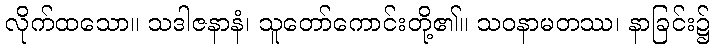
လိုက်ထသော။ သဒါဇနာနံ၊ သူတော်ကောင်းတို့၏။ သဝနာမတဿ၊ နာခြင်း၌